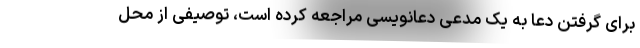
برای گرفتن دعا به یک مدعی دعانویسی مراجعه کرده است، توصیفی از محل